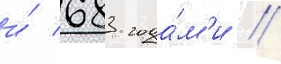
и́ 683 года́м'и /